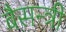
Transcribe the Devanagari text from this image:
बैसन्त्री